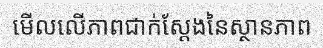
មើលលើភាពជាក់ស្តែងនៃស្ថានភាព